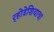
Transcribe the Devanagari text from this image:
र्‍होडेशियाचा